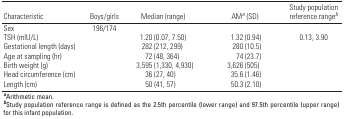
<table><thead><tr><td><b>Characteristic</b></td><td><b>Boys/girls</b></td><td><b>Median (range)</b></td><td><b>AM<sup><i>a</i></sup> (SD)</b></td><td><b>Study population reference range<sup><i>b</i></sup></b></td></tr></thead><tbody><tr><td><b>Sex</b></td><td>196/174</td></tr><tr><td><b>TSH (mlU/L)</b></td><td></td><td>1.20 (0.07, 7.50)</td><td>1.32 (0.94)</td><td>0.13, 3.90</td></tr><tr><td><b>Gestational length (days)</b></td><td></td><td>282 (212, 299)</td><td>280 (10.5)</td></tr><tr><td><b>Age at sampling (hr)</b></td><td></td><td>72 (48, 364)</td><td>74 (23.7)</td></tr><tr><td><b>Birth weight (g)</b></td><td></td><td>3,595 (1,330, 4,930)</td><td>3,626 (505)</td></tr><tr><td><b>Head circumference (cm)</b></td><td></td><td>36 (27, 40)</td><td>35.6 (1.46)</td></tr><tr><td><b>Length (cm)</b></td><td></td><td>50 (41, 57)</td><td>50.3 (2.10)</td></tr><tr><td colspan="5"><sup><i><b>a</b></i></sup>Arithmetic mean. <sup><i><b>b</b></i></sup>Study population reference range is defined as the 2.5th percentile (lower range) and 97.5th percentile (upper range) for this infant population.</td></tr></tbody></table>